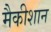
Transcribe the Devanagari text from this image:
मैकीशान